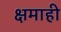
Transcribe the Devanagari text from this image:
क्षमाही